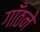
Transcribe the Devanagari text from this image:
गाँठने